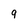
Character: 9